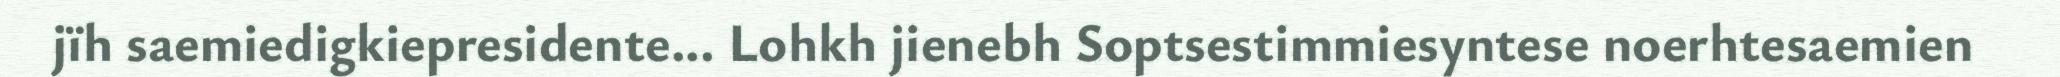
jïh saemiedigkiepresidente... Lohkh jienebh Soptsestimmiesyntese noerhtesaemien